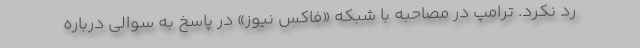
رد نکرد. ترامپ در مصاحبه با شبکه «فاکس نیوز» در پاسخ به سوالی درباره